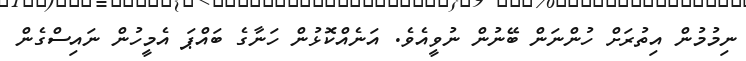
ނިމުމުން އިތުރަށް ހުންނަން ބޭނުން ނުވީއެވެ. އަނެއްކޮޅުން ހަނާގެ ބައްޕަ އެމީހުން ނައިސްގެން